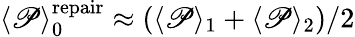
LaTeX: \langle\mathscr{P}\rangle_{0}^{\mathrm{{repair}}}\approx\left(\langle\mathscr{P}\rangle_{1}+\langle\mathscr{P}\rangle_{2}\right)/2